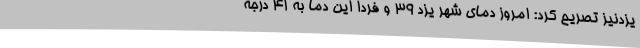
یزدنیز تصریح کرد: امروز دمای شهر یزد 39 و فردا این دما به 41 درجه